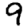
Digit: 9